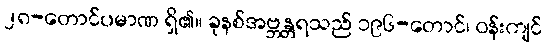
၂၈-တောင်ပမာဏ ရှိ၏။ ခုနစ်အဗ္ဘန္တရသည် ၁၉၆-တောင်၊ ဝန်းကျင်